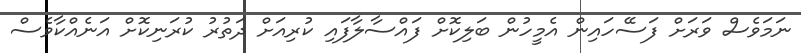
ނަމަވެސް ވަރަށް ފަސޭހައިން އެމީހުން ބަލިކޮށް ފައްސާލާފައި ކުރިއަށް ދަތުރު ކުރަނިކޮށް އަނެއްކާވެސް